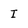
Character: I